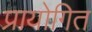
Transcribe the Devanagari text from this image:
प्रायोगित